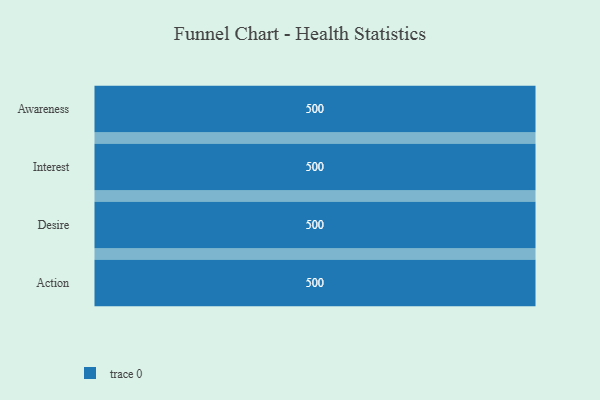
{"axis": {"x": "Stage", "y": "Value"}, "legend": [""], "data": [{"x": "Awareness", "y": 500, "type": ""}, {"x": "Interest", "y": 500, "type": ""}, {"x": "Desire", "y": 500, "type": ""}, {"x": "Action", "y": 500, "type": ""}]}